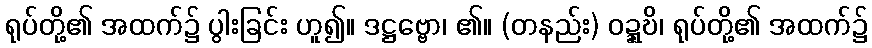
ရုပ်တို့၏ အထက်၌ ပွါးခြင်း ဟူ၍။ ဒဋ္ဌဗ္ဗော၊ ၏။ (တနည်း) ဝဍ္ဍ္ဎိ၊ ရုပ်တို့၏ အထက်၌